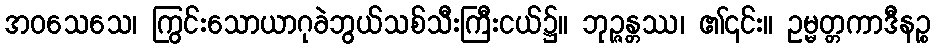
အဝသေသေ၊ ကြွင်းသောယာဂုခဲဘွယ်သစ်သီးကြီးငယ်၌။ ဘုဉ္ဇန္တဿ၊ ၏၎င်း။ ဥမ္မတ္တကာဒီနဉ္စ